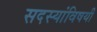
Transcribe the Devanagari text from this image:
सदस्यांविषयी